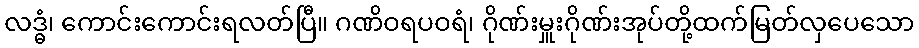
လဒ္ဓံ၊ ကောင်းကောင်းရလတ်ပြီ။ ဂဏိဝရပဝရံ၊ ဂိုဏ်းမှူးဂိုဏ်းအုပ်တို့ထက်မြတ်လှပေသော